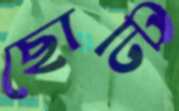
ছোটি